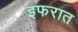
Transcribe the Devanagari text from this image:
इफरात